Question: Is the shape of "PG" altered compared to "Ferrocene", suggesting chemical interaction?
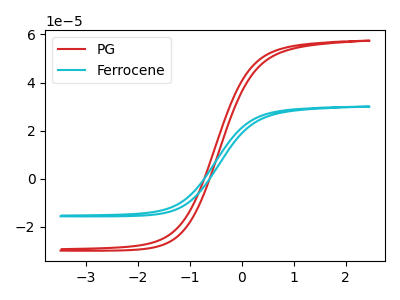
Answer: <think>The red curve "PG" has no peaks. The cyan curve "Ferrocene" has no peaks.
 Neither "PG" or "Ferrocene" have any peaks.</think>
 <answer>No, "PG" and "Ferrocene" don't appear to be significantly different in shape</answer>
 <eval>no_change</eval>